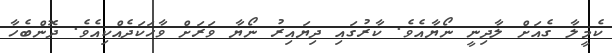
ކެމީލާ ގެއަށް ލާދިނީ ނޯޔާއެވެ. ކާރުގައި ދިޔައިރު ނޯޔާ ވަރަށް ވާހަކަދެއްކިއެވެ. ދޮންބެހާ